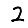
Digit: 2